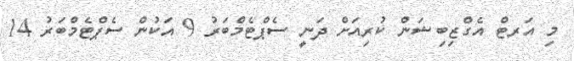
މި އަރޓް އެގްޒިބިޝަން ކުރިއަށް ދަނީ ސެޕްޓެމްބަރު 9 އަކުން ސެޕްޓެމްބަރު 14